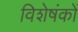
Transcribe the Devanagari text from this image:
विशेषंकों